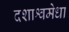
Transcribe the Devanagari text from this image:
दशाश्वमेधा